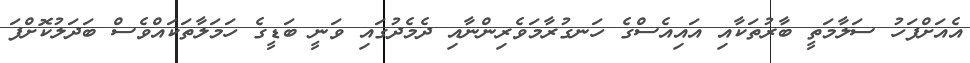
އެއަށްފަހު ސަލާމަތީ ބާރުތަކާއި އައިއެސްގެ ހަނގުރާމަވެރިންނާއި ދެމެދުގައި ވަނީ ބަޑީގެ ހަމަލާތަކައްވެސް ބަދަލުކޮށްފަ